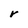
Character: r